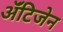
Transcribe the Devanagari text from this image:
ॲंटिजेन